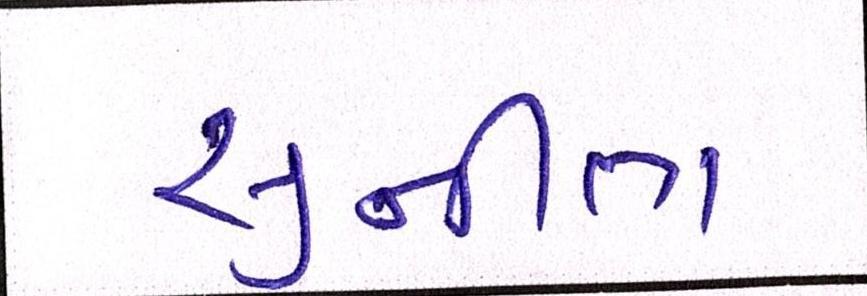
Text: સુનીતા